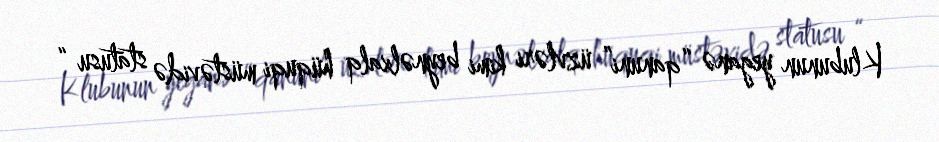
Klubunun yeganə “qanuni” üzvləri kimi beynəlxalq hüquqi müstəvidə statusu “